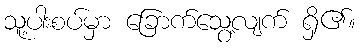
သူ့ပါးစပ်မှာ ခြောက်သွေ့လျက် ရှိ၏။